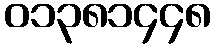
၀၁၃၈၁၄၄၈